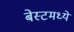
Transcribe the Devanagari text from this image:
बेस्टमध्ये